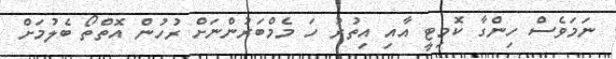
ނަމަވެސް ހިންގާ ކޮމިޓީ އާއި އިތުރު ހަ މެމްބަރުންނަށް ރުހުން އޮތްތޯ ބެލުމަށް